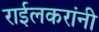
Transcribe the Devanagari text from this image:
राईलकरांनी